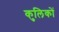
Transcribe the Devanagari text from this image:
कुलिकों